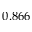
0 . 8 6 6